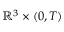
\mathbb { R } ^ { 3 } \times ( 0 , T )